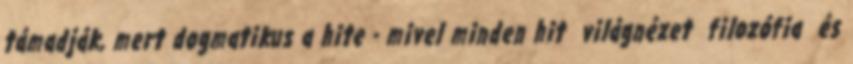
támadják, mert dogmatikus a hite - mivel minden hit világnézet filozófia és